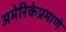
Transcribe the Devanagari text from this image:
अमेरिकेप्रमाणे